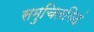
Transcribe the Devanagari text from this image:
समुचितमिदं